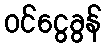
ဝင်ငွေခွန်